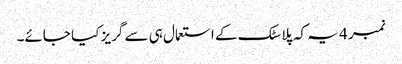
نمبر 4 یہ کہ پلاسٹک کے استعمال ہی سے گریز کیا جائے۔